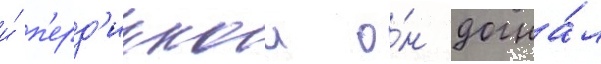
и́ п'ерд'иккои о́н догна́л